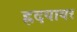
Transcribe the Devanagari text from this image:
ह्रदयावर